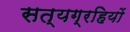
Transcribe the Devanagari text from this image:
सत्यग्रहियों